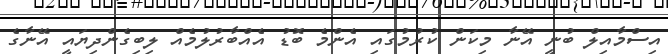
އިސްމާއިލް ބުނީ އޭނާ މިކަން ކުރުމުގައި އެންމެ ބޮޑު އެއްބާރުލުމެއް ލިބިގެންދިޔައީ އޭނާގެ